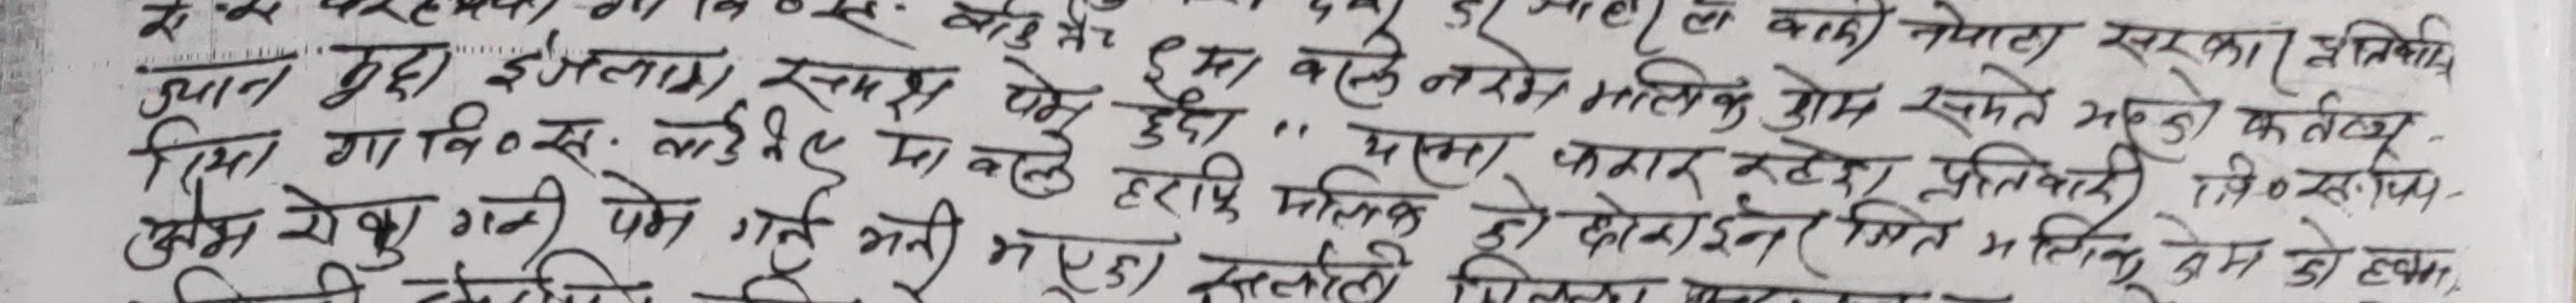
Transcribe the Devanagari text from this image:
एवं
ज्ञान बुढा इजलास समक्ष पेश हुदा
यस मा वि ० स ० लाई यैमा चले हुदा
एमा वालेन सम्म मालिक होस सम्झौताको कर्तव्य
यस भकार रहेका प्रतिवादी जि ० स ० को हकमा
खेस खेसु गर्ने पेश भनी भएको
नेपाल सरकार झुन्डियाई